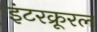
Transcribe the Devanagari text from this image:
इंटरक्रूरल